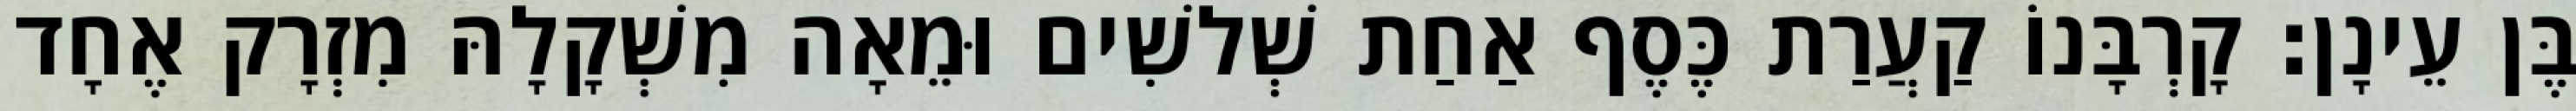
בֶּן עֵינָן׃ קָרְבָּנוֹ קַעֲרַת כֶּסֶף אַחַת שְׁלשִׁים וּמֵאָה מִשְׁקָלָהּ מִזְרָק אֶחָד